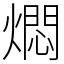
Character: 燜